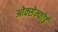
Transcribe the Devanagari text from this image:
ओक्सेन्फोर्ड